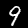
Digit: 9